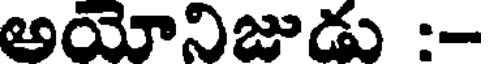
అయోనిజుడు :-